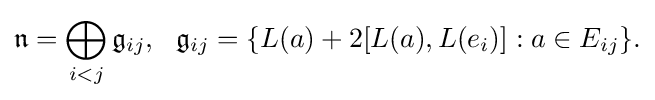
\displaystyle {{\mathfrak {n}}=\bigoplus _{i<j}{\mathfrak {g}}_{ij},\,\,\,\,{\mathfrak {g}}_{ij}=\{L(a)+2[L(a),L(e_{i})]:a\in E_{ij}\}.}